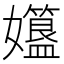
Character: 孂